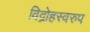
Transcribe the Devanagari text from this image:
विद्रोहस्वरुप